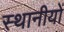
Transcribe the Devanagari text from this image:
स्थानीयों